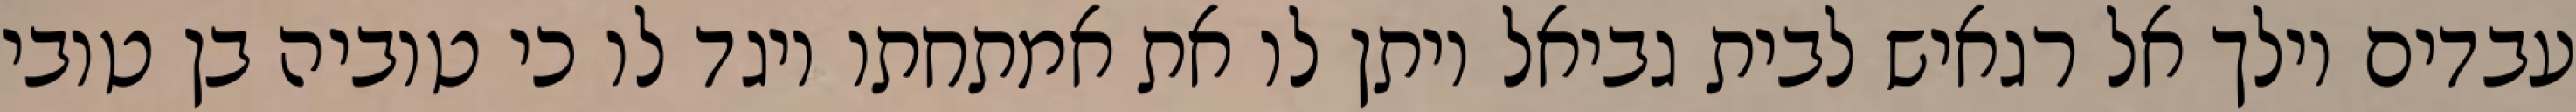
עבדים וילך אל רגאיש לבית גביאל ויתן לו את אמתחתו ויגד לו כי טוביה בן טובי